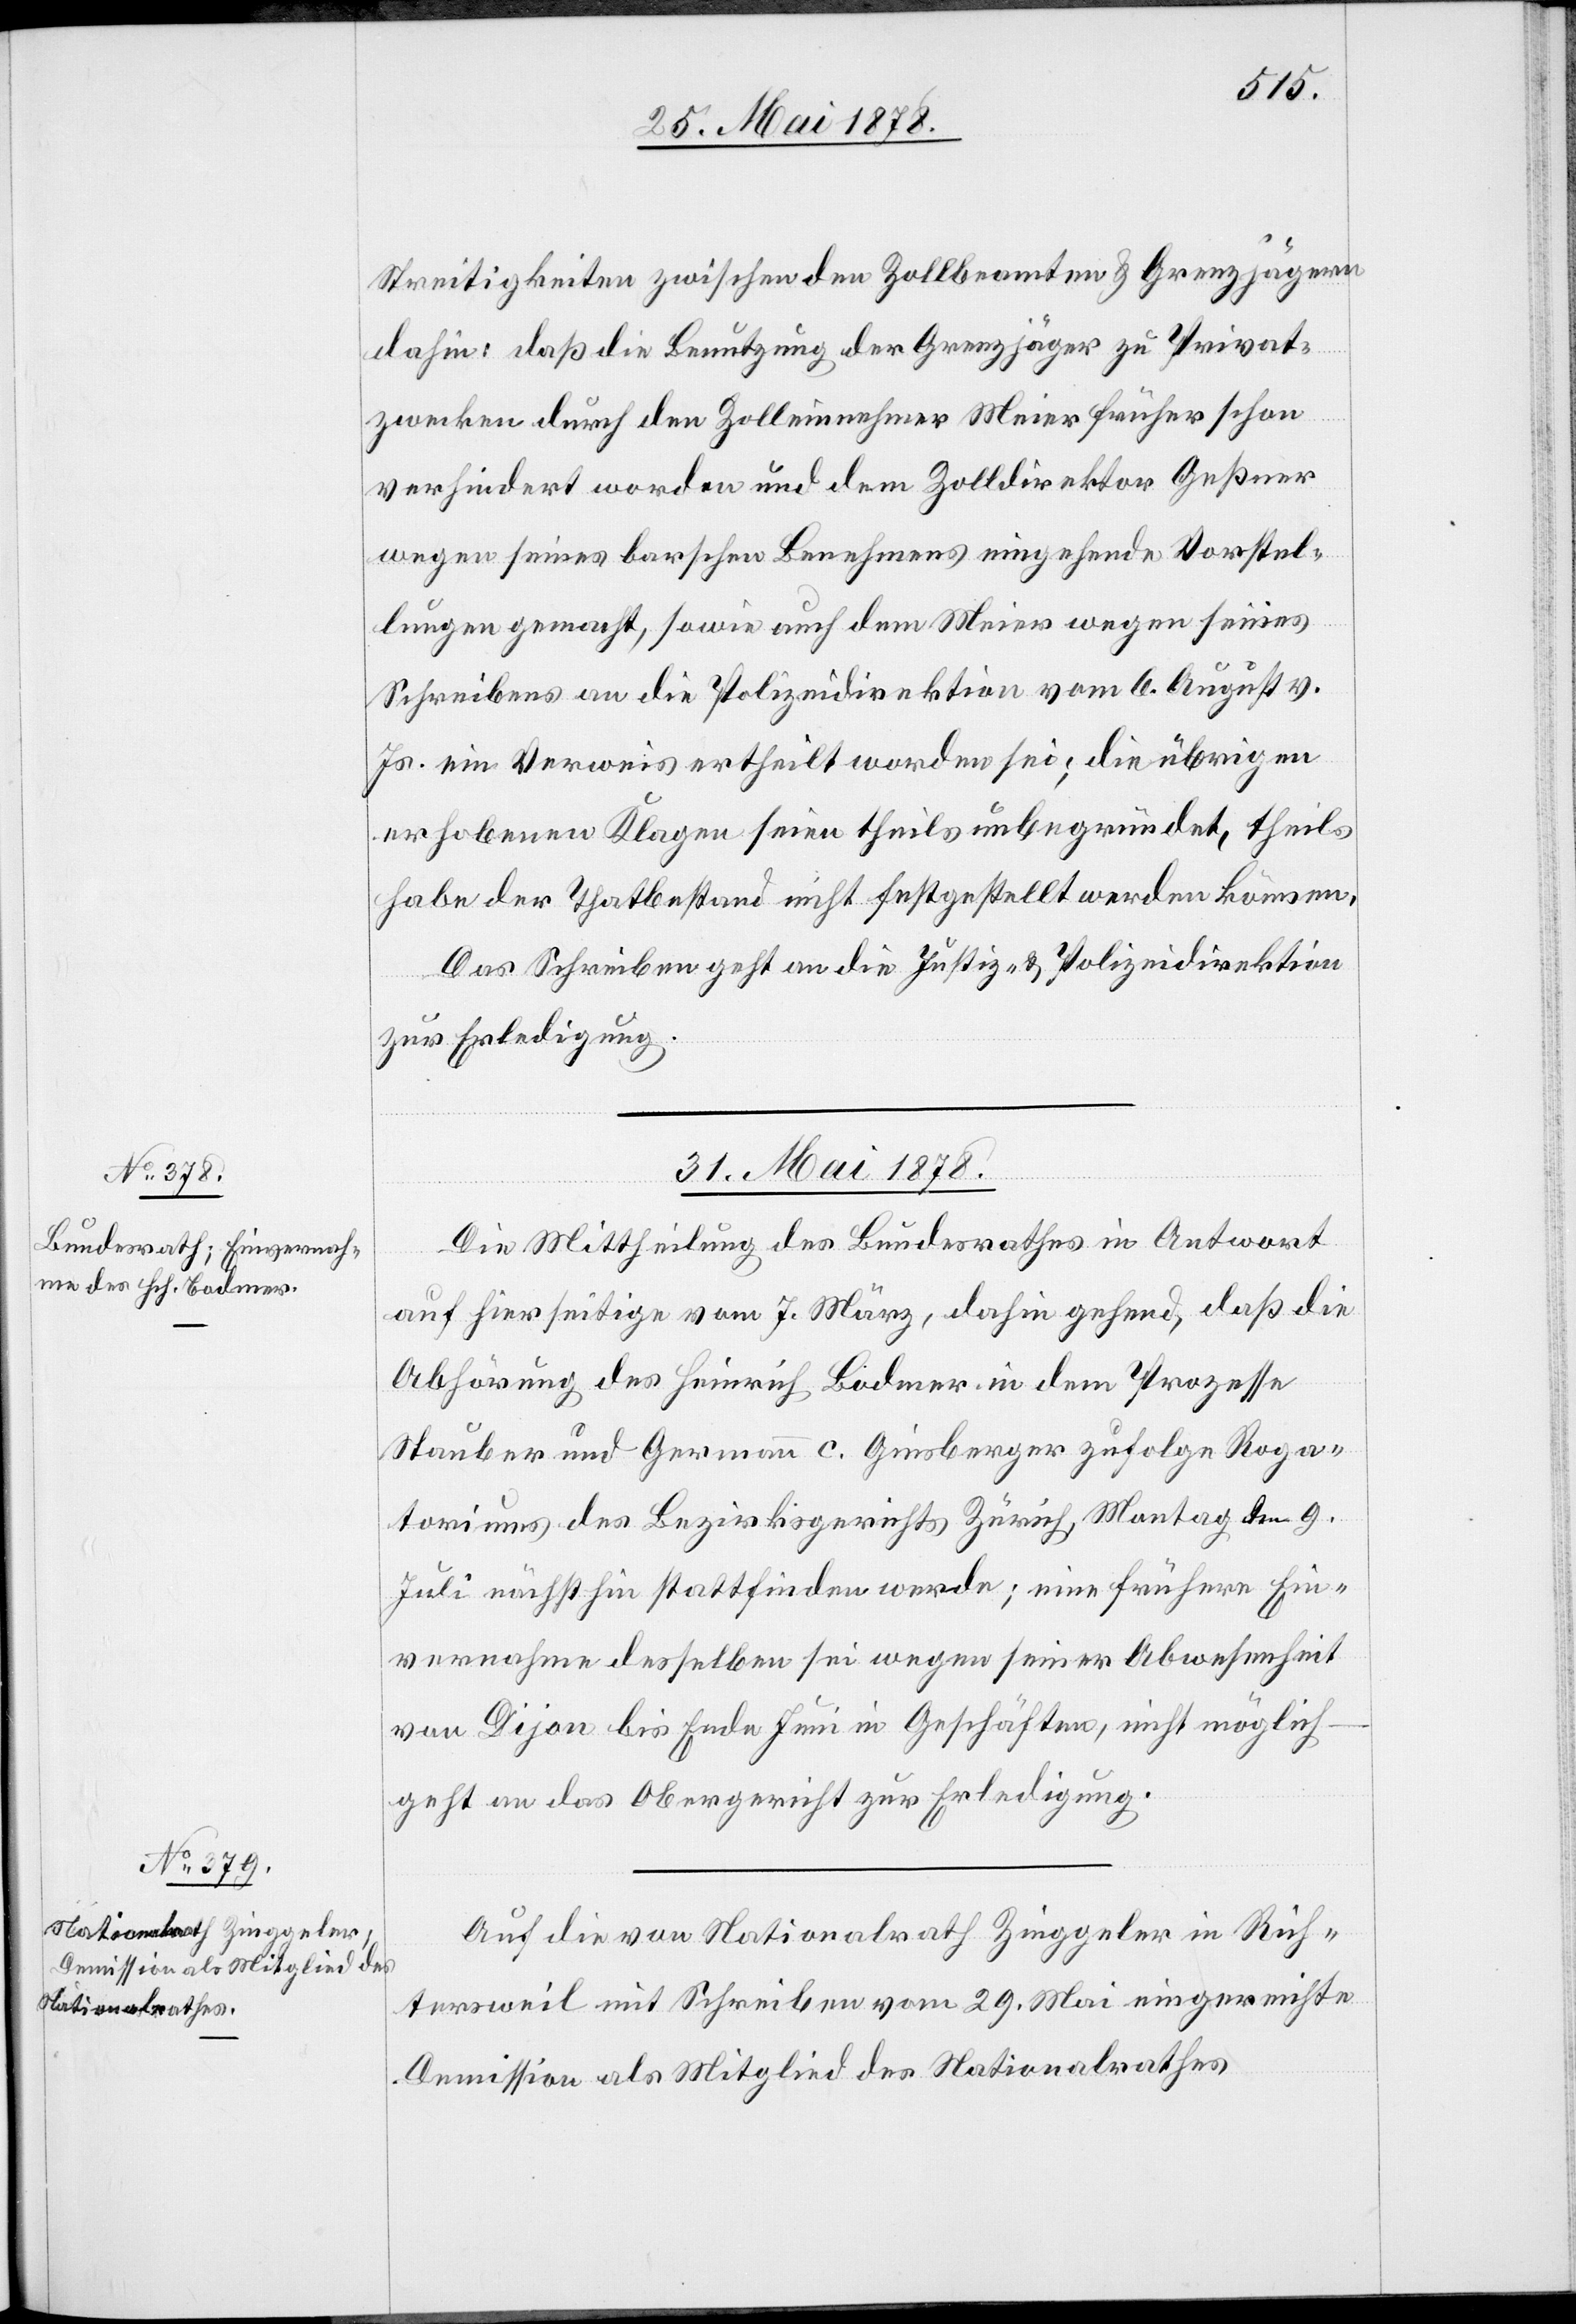
Streitigkeiten zwischen den Zollbeamten & Grenzjägern
dahin: daß die Benutzung der Grenzjäger zu Privat¬
zwecken durch den Zolleinnehmer Meier früher schon
verhindert worden und dem Zolldirektor Geßner
wegen seines barschen Beharrens eingehende Vorstel¬
lungen gemacht, sowie auch dem Meier wegen seines
Schreibens an die Polizeidirektion vom 6. August v.
Js. ein Verweis ertheilt worden sei; die übrigen
erhobenen Klagen seien theils unbegründet, theils
habe der Thatbestand nicht festgestellt werden können.
Das Schreiben geht an die Justiz- & Polizeidirektion
zur Erledigung.
31. Mai 1878.]
Die Mittheilung des Bundesrathes in Antwort
auf hierseitige vom 7. März, dahin gehend, daß die
Abhörung des Heinrich Bodmer in dem Prozesse
Stauber und Germann c. Ginsberger zufolge Roga¬
toriums des Bezirksgerichts Zürich, Montag den 9.
Juli nächsthin stattfinden werde; eine frühere Ein¬
vernahme desselben sei wegen seiner Abwesenheit
von Dijon bis Ende Juni in Geschäften, nicht möglich
geht an das Obergericht zur Erledigung.
Auf die von Nationalrath Zinggeler in Rich¬
tersweil mit Schreiben vom 29. Mai eingereichte
Demission als Mitglied des Nationalrathes